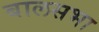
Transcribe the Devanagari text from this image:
बालसभा